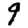
Digit: 9